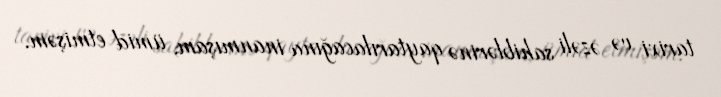
tarixi və əzəli sahiblərinə qaytarılacağına inanmışam, ümid etmişəm.